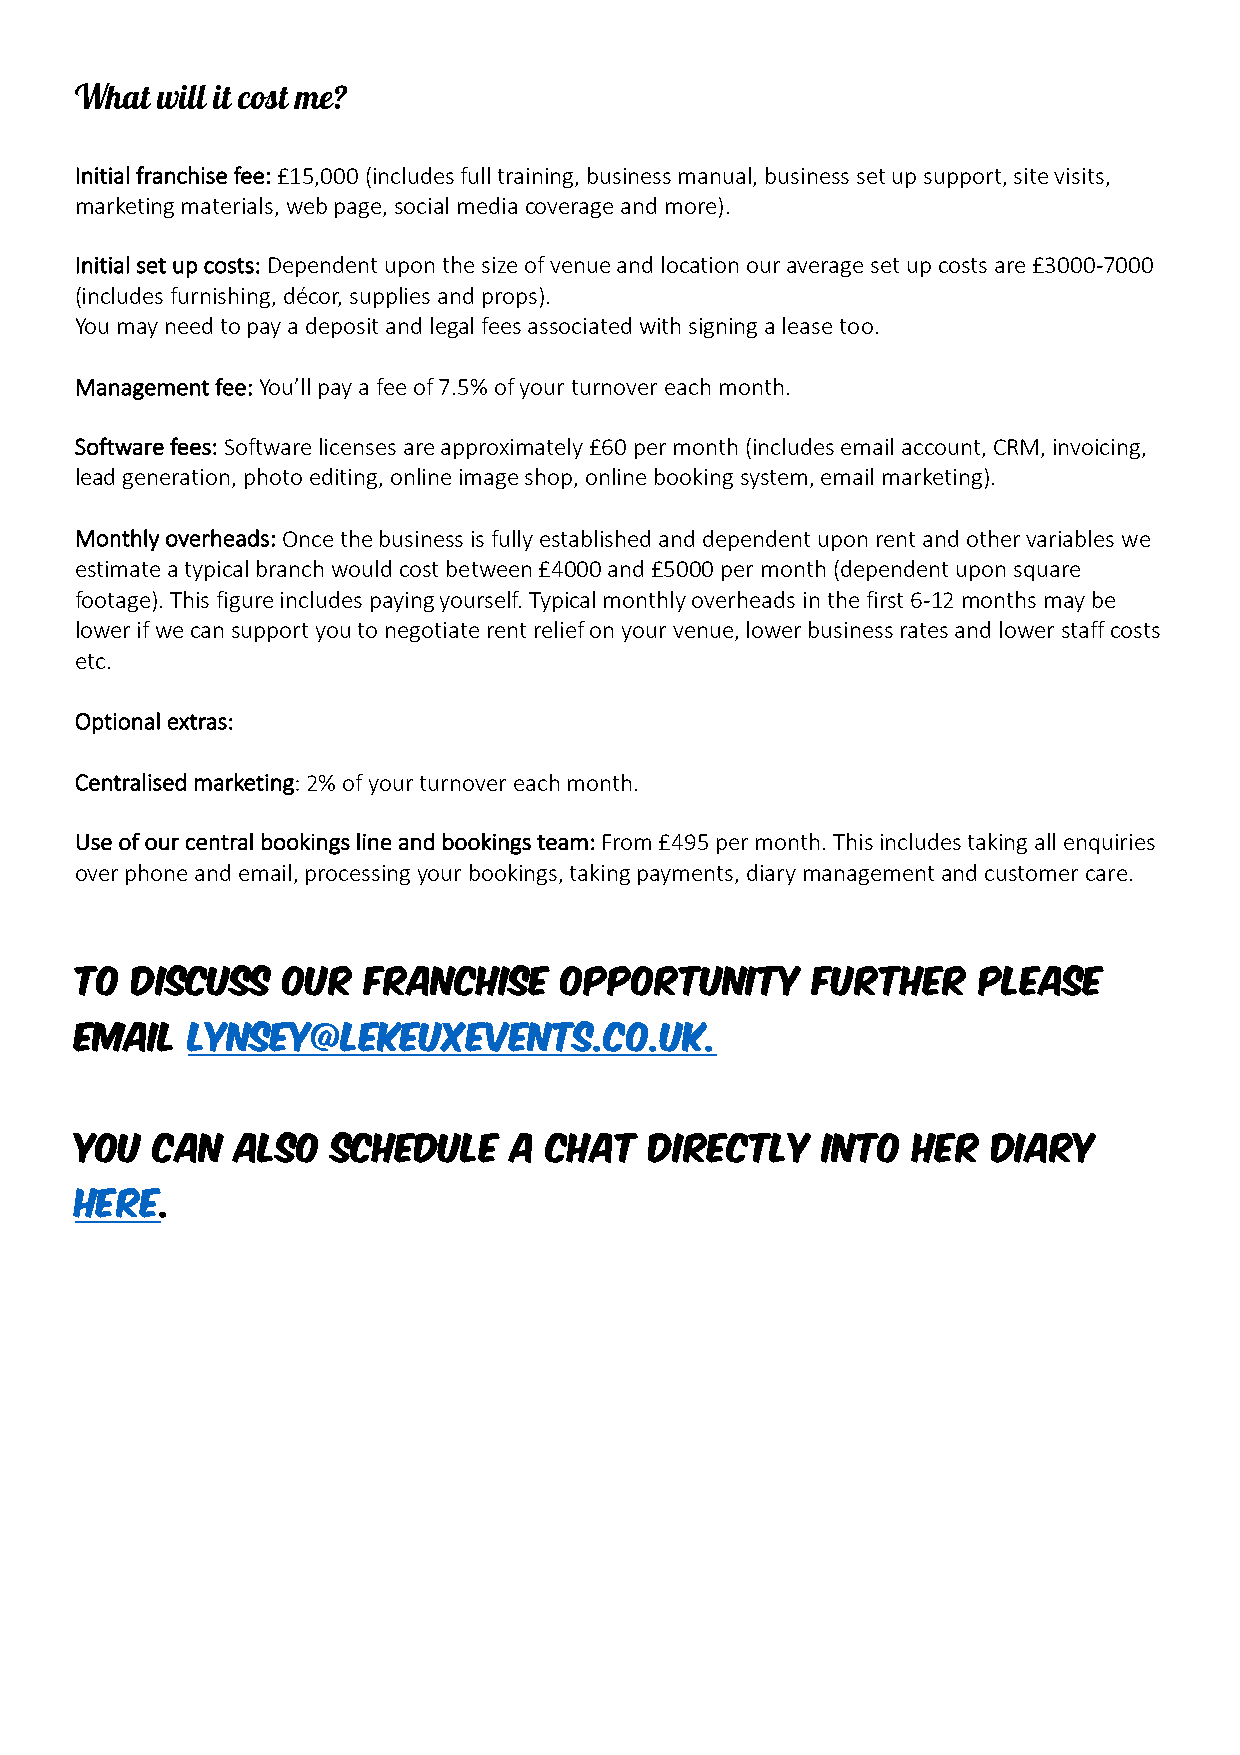
What will it cost me?
 Initial franchise fee: £15,000 (includes full training, business manual, business set up support, site visits,
 marketing materials, web page, social media coverage and more).
 Initial set up costs: Dependent upon the size of venue and location our average set up costs are £3000-7000
 (includes furnishing, décor, supplies and props).
 You may need to pay a deposit and legal fees associated with signing a lease too.
 Management fee: You’ll pay a fee of 7.5% of your turnover each month.
 Software fees: Software licenses are approximately £60 per month (includes email account, CRM, invoicing,
 lead generation, photo editing, online image shop, online booking system, email marketing).
 Monthly overheads: Once the business is fully established and dependent upon rent and other variables we
 estimate a typical branch would cost between £4000 and £5000 per month (dependent upon square
 footage). This figure includes paying yourself. Typical monthly overheads in the first 6-12 months may be
 lower if we can support you to negotiate rent relief on your venue, lower business rates and lower staff costs
 etc.
 Optional extras:
 Centralised marketing: 2% of your turnover each month.
 Use of our central bookings line and bookings team: From £495 per month. This includes taking all enquiries
 over phone and email, processing your bookings, taking payments, diary management and customer care.
 To  discuss   our  franchise    opportunity      further    please
 email   lynsey@lekeuxevents.co.uk.
 You  can   also  schedule    a chat   directly   into  her   diary
 here.